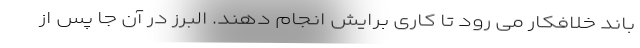
باند خلافکار می رود تا کاری برایش انجام دهند. البرز در آن جا پس از